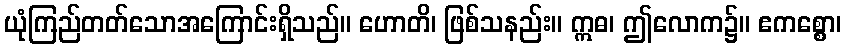
ယုံကြည်တတ်သောအကြောင်းရှိသည်။ ဟောတိ၊ ဖြစ်သနည်း။ ဣဓ၊ ဤလောက၌။ ဧကစ္စော၊